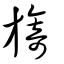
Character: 旖